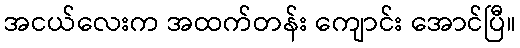
အငယ်လေးက အထက်တန်း ကျောင်း အောင်ပြီ။